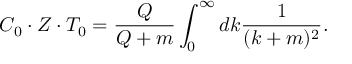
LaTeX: C _ { 0 } \cdot Z \cdot T _ { 0 } = \frac { Q } { Q + m } \int _ { 0 } ^ { \infty } d k \frac { 1 } { ( k + m ) ^ { 2 } } .